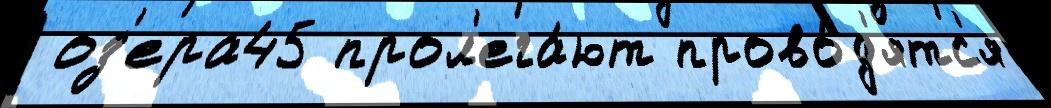
 оз'ера45 прол'ега́ют прово́д'ятс'я